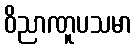
ဝိညာဏူပသမာ